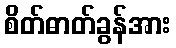
စိတ်ဓာတ်ခွန်အား